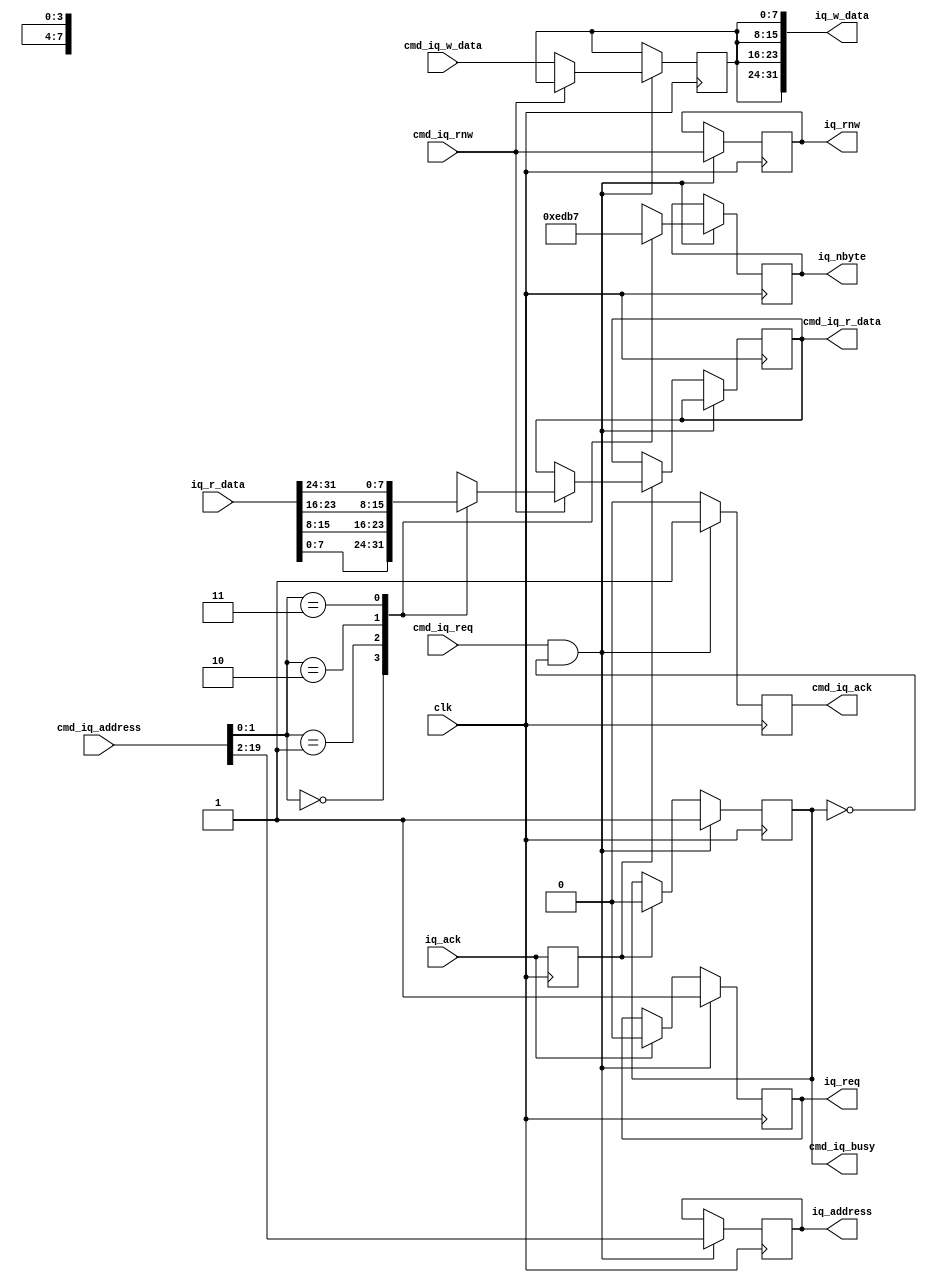
//Verilog HDL for "COMP32211", "drawing_iq" "functional"


module drawing_iq (input  wire        clk,
		   input  wire        cmd_iq_req,
		   output reg         cmd_iq_ack,
		   input  wire        cmd_iq_rnw,
		   output reg         cmd_iq_busy,
                   input  wire [19:0] cmd_iq_address,
                   input  wire  [7:0] cmd_iq_w_data,
		   output reg   [7:0] cmd_iq_r_data,
		   output wire [31:0] iq_w_data,
		   input  wire [31:0] iq_r_data,
		   output reg  [17:0] iq_address,
		   output reg   [3:0] iq_nbyte,
		   output reg         iq_rnw,
		   output reg         iq_req,
		   input  wire        iq_ack);

reg [7:0] w_data;
reg       ack_L;

initial cmd_iq_busy = 0;
initial iq_req = 0;

always @ (posedge clk)
begin
ack_L <= iq_ack;			// Delayed version of ack pulse
					// indicates timing of -data- transfer
if (cmd_iq_req && !cmd_iq_busy)		// Incoming and not already busy
  begin
  iq_rnw <= cmd_iq_rnw;			// Capture parameters
  iq_address <= cmd_iq_address[19:2];	// Word address
  case (cmd_iq_address[1:0])		// Decode byte select
    2'b00: iq_nbyte <= 4'b1110;
    2'b01: iq_nbyte <= 4'b1101;
    2'b10: iq_nbyte <= 4'b1011;
    2'b11: iq_nbyte <= 4'b0111;
  endcase
  if (!cmd_iq_rnw) w_data <= cmd_iq_w_data;
  cmd_iq_ack <= 1;			// We've started so
  iq_req <= 1;				//  request framestore
  cmd_iq_busy <= 1;			//  and flag up as busy
  end
else
  begin
  cmd_iq_ack <= 0;			// Only high for 1 cycle
  if (iq_ack) iq_req <= 0;		// Remove request on iq_ack
  if (ack_L)				// Latch data one cycle later
    begin
    if (cmd_iq_rnw)
      case (cmd_iq_address[1:0])	// If reading, multiplex chosen byte
        2'b00: cmd_iq_r_data <= iq_r_data[7:0];
        2'b01: cmd_iq_r_data <= iq_r_data[15:8];
        2'b10: cmd_iq_r_data <= iq_r_data[23:16];
        2'b11: cmd_iq_r_data <= iq_r_data[31:24];
      endcase
    cmd_iq_busy <= 0;			// Also go idle again
    end
  end
end
  
assign iq_w_data = {4{w_data}};		// Replicate 8-bit data across bus

endmodule